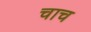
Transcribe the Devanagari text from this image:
चाच